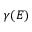
\gamma ( E )